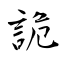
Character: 詭